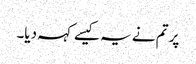
پر تم نے یہ کیسے کہہ دیا۔